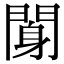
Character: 𨉖